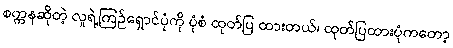
စက္ကနဆိုတဲ့ လူရဲ့ကြဉ်ရှောင်ပုံကို ပုံစံ ထုတ်ပြ ထားတယ်၊ ထုတ်ပြထားပုံကတော့